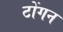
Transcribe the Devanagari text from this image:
टोंगन